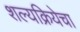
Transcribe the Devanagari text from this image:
शल्यक्रियेचा